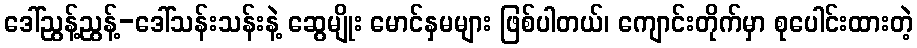
ဒေါ်ညွန့်ညွန့်-ဒေါ်သန်းသန်းနဲ့ ဆွေမျိုး မောင်နှမများ ဖြစ်ပါတယ်၊ ကျောင်းတိုက်မှာ စုပေါင်းထားတဲ့